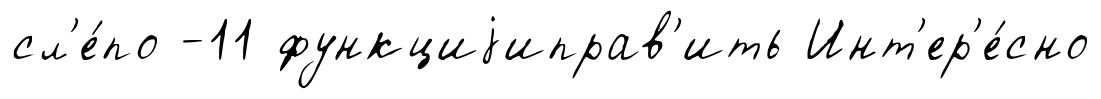
сл'е́по -11 функциjиправ'ить Инт'ер'е́сно